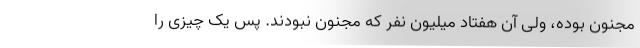
مجنون بوده، ولی آن هفتاد میلیون نفر که مجنون نبودند. پس یک چیزی را